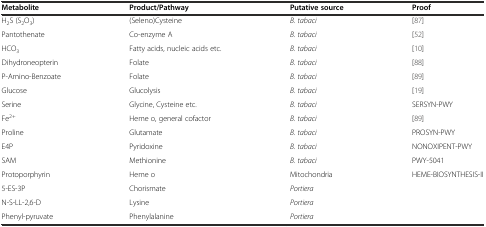
| Metabolite | Product/Pathway | Putative source | Proof |
 | --- | --- | --- | --- |
 | H2S (S2O3) | (Seleno)Cysteine | B. tabaci | [87] |
 | Pantothenate | Co-enzyme A | B. tabaci | [52] |
 | HCO3 | Fatty acids, nucleic acids etc. | B. tabaci | [10] |
 | Dihydroneopterin | Folate | B. tabaci | [88] |
 | P-Amino-Benzoate | Folate | B. tabaci | [89] |
 | Glucose | Glucolysis | B. tabaci | [19] |
 | Serine | Glycine, Cysteine etc. | B. tabaci | SERSYN-PWY |
 | Fe2+ | Heme o, general cofactor | B. tabaci | [89] |
 | Proline | Glutamate | B. tabaci | PROSYN-PWY |
 | E4P | Pyridoxine | B. tabaci | NONOXIPENT-PWY |
 | SAM | Methionine | B. tabaci | PWY-5041 |
 | Protoporphyrin | Heme o | Mitochondria | HEME-BIOSYNTHESIS-II |
 | 5-ES-3P | Chorismate | Portiera |  |
 | N-S-LL-2,6-D | Lysine | Portiera |  |
 | Phenyl-pyruvate | Phenylalanine | Portiera |  |